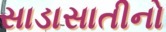
સાડાસાતીનો